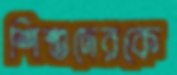
শিশুদেরকে